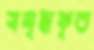
সমৃদ্ধকৃত